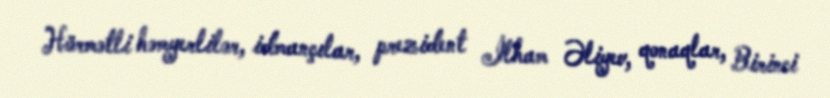
Hörmətli həmyerlilər, idmançılar, prezident İlham Əliyev, qonaqlar, Birinci